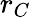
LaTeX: r_{C}